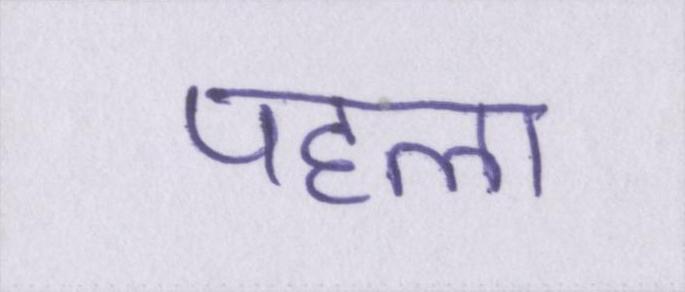
पहला